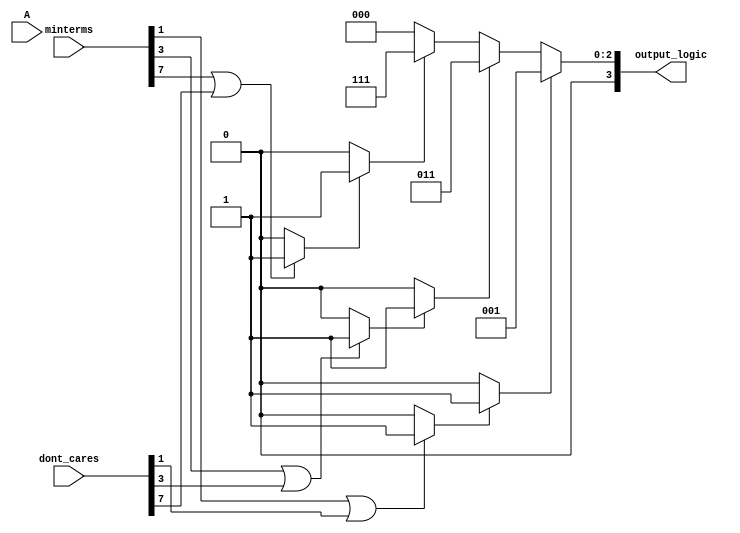
module PrimeImplicant (
    input [3:0] A, // 4-bit input representing variables A, B, C, D
    input [15:0] minterms, // 16-bit input for minterms (1s in truth table)
    input [15:0] dont_cares, // 16-bit input for don't care conditions
    output reg [3:0] output_logic // Output representing minimized function
);

// Internal signals
reg [15:0] prime_implicants;
reg [15:0] essential_prime_implicants;

// Function to calculate prime implicants (simplified)
always @(*) begin
    // Initialize outputs
    prime_implicants = 0;
    essential_prime_implicants = 0;
    output_logic = 0;

    // Example logic to identify prime implicants (simplified)
    // This is where you would implement the Quine-McCluskey algorithm
    // For demonstration, let's assume minterms 1, 3, 7 are prime implicants
    if (minterms[1] || dont_cares[1]) prime_implicants[1] = 1; // A'B'
    if (minterms[3] || dont_cares[3]) prime_implicants[3] = 1; // A'B
    if (minterms[7] || dont_cares[7]) prime_implicants[7] = 1; // AB

    // Example of selecting essential prime implicants
    // Here we would check which prime implicants cover the minterms
    if (prime_implicants[1]) essential_prime_implicants[1] = 1; // Covering minterm 1
    if (prime_implicants[3]) essential_prime_implicants[3] = 1; // Covering minterm 3
    if (prime_implicants[7]) essential_prime_implicants[7] = 1; // Covering minterm 7

    // Construct output logic based on essential prime implicants
    output_logic = essential_prime_implicants[1] ? 4'b0001 : 0 |
                   essential_prime_implicants[3] ? 4'b0011 : 0 |
                   essential_prime_implicants[7] ? 4'b0111 : 0;
end

endmodule